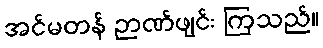
အင်မတန် ဉာဏ်ဖျင်း ကြသည်။